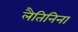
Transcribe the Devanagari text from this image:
लैतिनिना